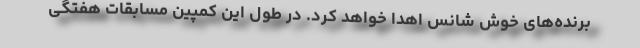
برنده‌های خوش شانس اهدا خواهد کرد. در طول این کمپین مسابقات هفتگی